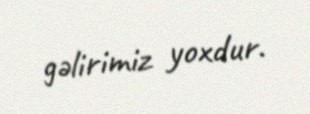
gəlirimiz yoxdur.